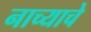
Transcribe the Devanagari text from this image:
नाच्याचे